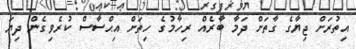
އިތުރަށް ޖިޔާގެ ގާތަށް ދަމާ ބާރެއް ރިހާމުގެ ހިތަށް އިޙްސާސް ކުރެވިގެން ދިޔަ